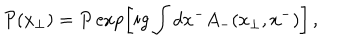
LaTeX: { \cal P } ( { x } _ { \bot } ) = P \exp \left[ i g \int d x ^ { - } A _ { - } ( x _ { \bot } , x ^ { - } ) \right] \, ,